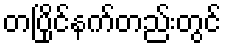
တပြိုင်နက်တည်းတွင်